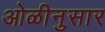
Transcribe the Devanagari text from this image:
ओळीनुसार